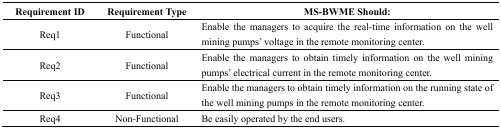
<table><thead><tr><td><b>Requirement ID</b></td><td><b>Requirement Type</b></td><td><b>MS-BWME Should:</b></td></tr></thead><tbody><tr><td>Req1</td><td>Functional</td><td>Enable the managers to acquire the real-time information on the well mining pumps&#x27; voltage in the remote monitoring center.</td></tr><tr><td>Req2</td><td>Functional</td><td>Enable the managers to obtain timely information on the well mining pumps&#x27; electrical current in the remote monitoring center.</td></tr><tr><td>Req3</td><td>Functional</td><td>Enable the managers to obtain timely information on the running state of the well mining pumps in the remote monitoring center.</td></tr><tr><td>Req4</td><td>Non-Functional</td><td>Be easily operated by the end users.</td></tr></tbody></table>